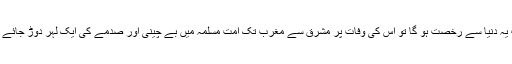
جب یہ دنیا سے رخصت ہو گا تو اس کی وفات پر مشرق سے مغرب تک امت مسلمہ میں بے چینی اور صدمے کی ایک لہر دوڑ جائے گی۔